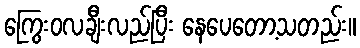
ကြွေးဝလချီးလည်ပြီး နေပေတော့သတည်း။